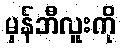
မှန်ဘီလူးကို